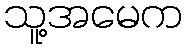
သူ့အမေက